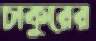
চাকুরের